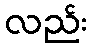
လည်း